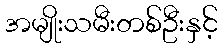
အမျိုးသမီးတစ်ဦးနှင့်